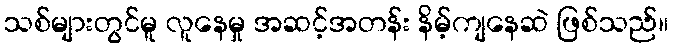
သစ်များတွင်မူ လူနေမှု အဆင့်အတန်း နိမ့်ကျနေဆဲ ဖြစ်သည်။